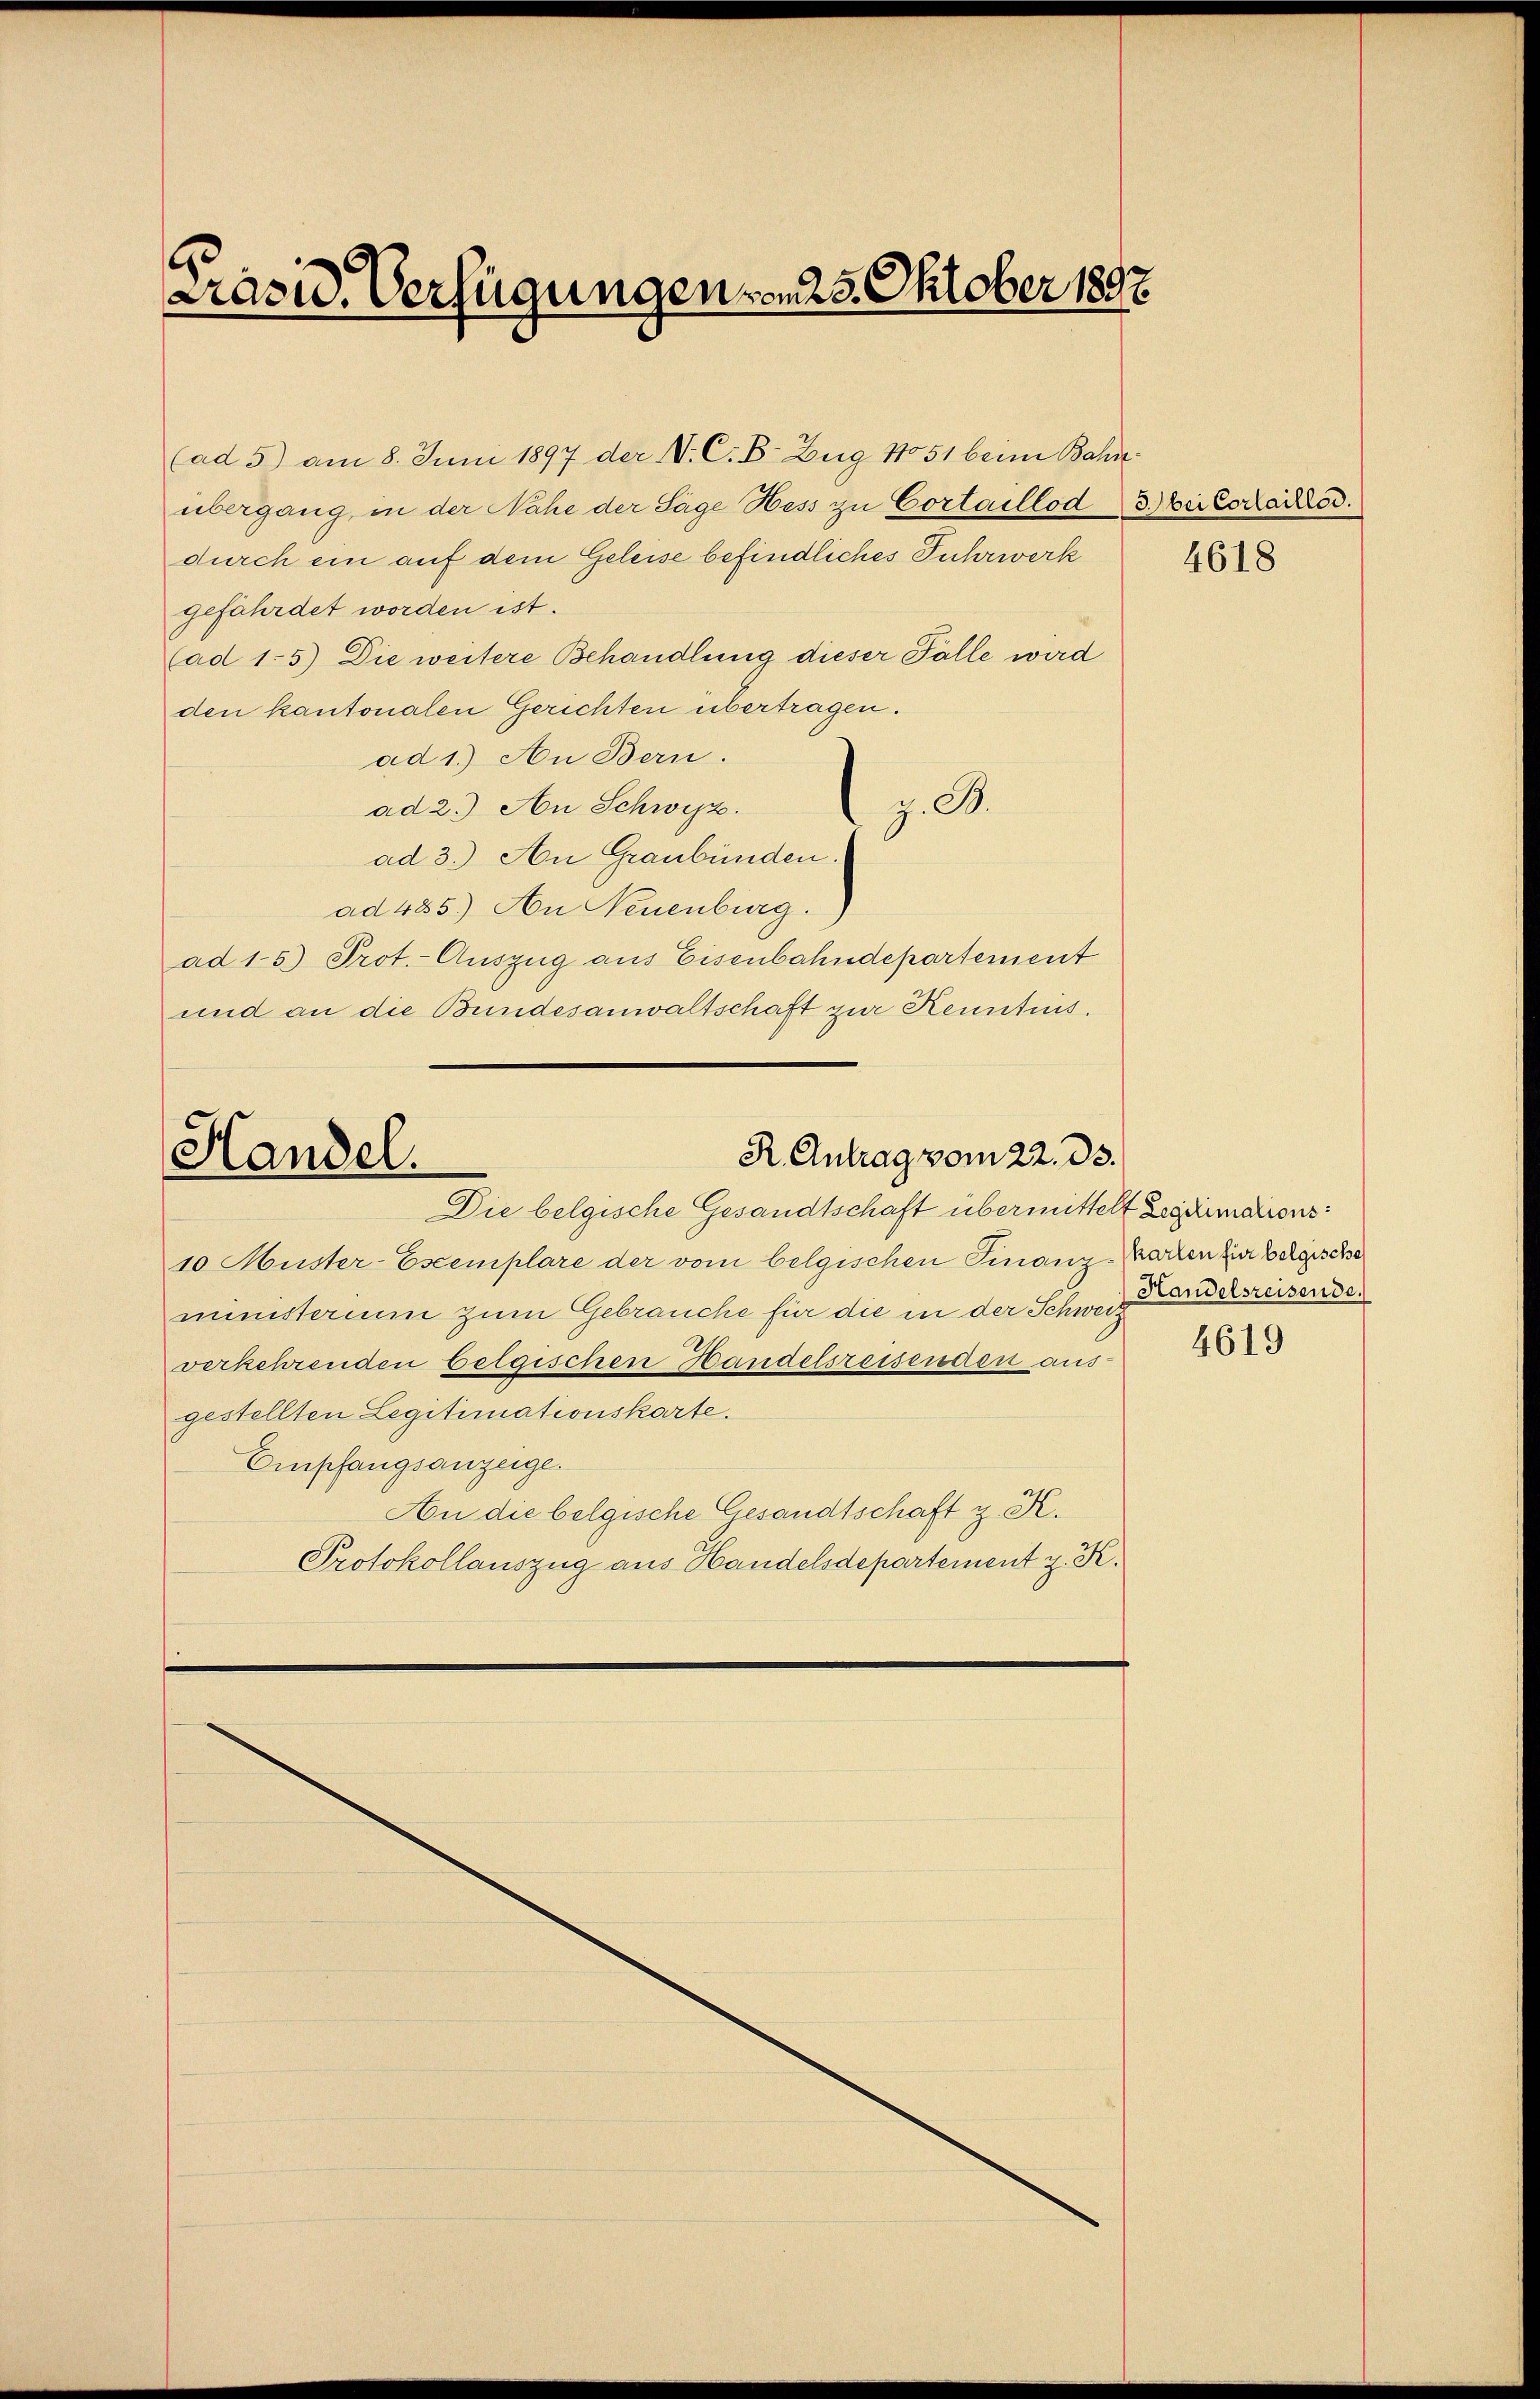
Präsid. Verfügungen vom 25. Oktober 1892

(ad 5) am 8. Juni 1897 der N. C. B. Zug No 51 beim Bahnübergang, in der Nahe der Sage Hess zu Cortaillod 3) bei Coraires.
durch ein auf dem Geleise befindliches Fuhrwerk
gefährdet worden ist.
(ad 1.5) Die weitere Behandlung dieser Fälle wird
den kantonalen Gerichten übertragen.
ad 1.) An Bern.
z. B.
ad 2.) An Schweiz.
ad 3.) An Graubünden.
ad 485.) An Neuenburg.
ad 15) Prot.- Auszug aus Eisenbahndepartement
und an die Bundesanwaltschaft zur Kenntnis.

R. Antrag vom 22. ds.
Handel.
Die belgische Gesandtschaft übermittelt Legitimations¬

10 Muster-Escemplare der vom belgischen Finanz-Karten zur Belgische
ministerium zum Gebrauche für die in der Schweiz
verkehrenden belgischen Handelsreisenden aus-
gestellten Legitimationskarte.
Empfangsanzeige.
An die belgische Gesandtschaft z. K.
Protokollauszug aus Handelsdepartement z. K.

4618

Handelsreisende.

4619